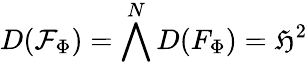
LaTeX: D(\mathcal{F}_{\Phi})=\bigwedge^{N}D(F_{\Phi})=\mathfrak{H}^{2}